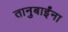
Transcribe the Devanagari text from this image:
तानुबाईंना